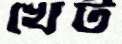
খেট